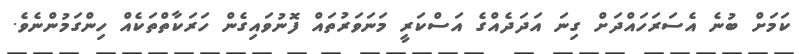
ކަމަށް ބުނެ އެސަރަހައްދަށް ގިނަ އަދަދެއްގެ އަސްކަރީ މަނަވަރުތައް ފޮނުވައިގެން ހަރަކާތްތަކެއް ހިންގަމުންނެވެ.